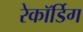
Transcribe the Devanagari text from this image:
रेकॉर्डिग